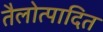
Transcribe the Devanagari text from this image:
तैलोत्पादित